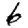
Digit: 6